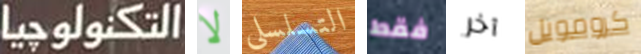
التكنولوجيا لا التسلسلي فقط آخر كرومويل